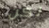
لكن